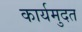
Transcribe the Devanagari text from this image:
कार्यमुदत